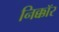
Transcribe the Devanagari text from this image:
निक्कॉर